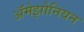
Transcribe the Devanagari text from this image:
ॲमेझोनियन